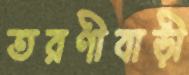
তরণীবাড়ী